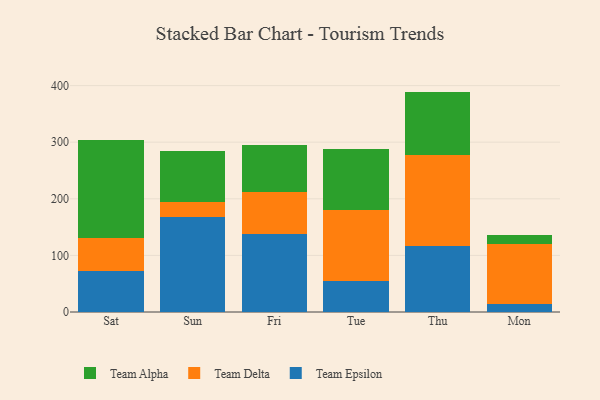
{"axis": {"x": "Day", "y": "Energy Usage (MWh)"}, "legend": ["Team Alpha", "Team Delta", "Team Epsilon"], "data": [{"x": "Sat", "y": 73.3, "type": "Team Epsilon"}, {"x": "Sat", "y": 57.7, "type": "Team Delta"}, {"x": "Sat", "y": 173.0, "type": "Team Alpha"}, {"x": "Sun", "y": 168.3, "type": "Team Epsilon"}, {"x": "Sun", "y": 25.7, "type": "Team Delta"}, {"x": "Sun", "y": 90.3, "type": "Team Alpha"}, {"x": "Fri", "y": 137.5, "type": "Team Epsilon"}, {"x": "Fri", "y": 73.7, "type": "Team Delta"}, {"x": "Fri", "y": 83.9, "type": "Team Alpha"}, {"x": "Tue", "y": 55.1, "type": "Team Epsilon"}, {"x": "Tue", "y": 125.2, "type": "Team Delta"}, {"x": "Tue", "y": 107.6, "type": "Team Alpha"}, {"x": "Thu", "y": 116.9, "type": "Team Epsilon"}, {"x": "Thu", "y": 160.3, "type": "Team Delta"}, {"x": "Thu", "y": 112.2, "type": "Team Alpha"}, {"x": "Mon", "y": 14.1, "type": "Team Epsilon"}, {"x": "Mon", "y": 105.6, "type": "Team Delta"}, {"x": "Mon", "y": 16.0, "type": "Team Alpha"}]}